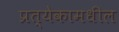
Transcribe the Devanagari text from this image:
प्रत्येकामधील